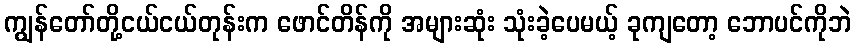
ကျွန်တော်တို့ငယ်ငယ်တုန်းက ဖောင်တိန်ကို အများဆုံး သုံးခဲ့ပေမယ့် ခုကျတော့ ဘောပင်ကိုဘဲ